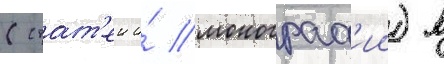
(стат'еи и́ монограф'ии) в